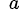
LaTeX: ^{\; a}